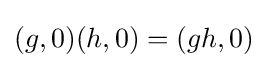
(g,0)(h,0)=(gh,0)